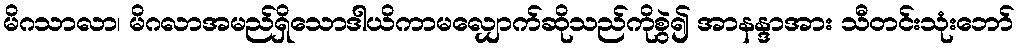
မိဂသာလာ၊ မိဂလာအမည်ရှိသောဒါယိကာမလျှောက်ဆိုသည်ကိုစွဲ၍ အာနန္ဒာအား သီတင်းသုံးဘော်